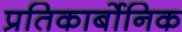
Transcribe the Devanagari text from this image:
प्रतिकार्बोनिक